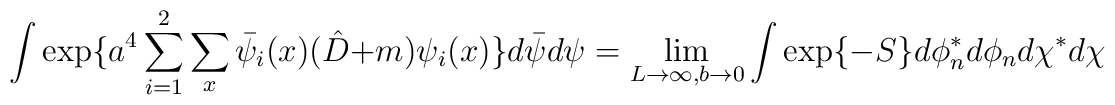
\int \exp \{a^4 \sum_{i=1}^2 \sum_x \bar{\psi}_i(x)(\hat{D}+m) \psi_i(x) \}d \bar{ \psi}d \psi = \lim_{L \rightarrow \infty, b \rightarrow 0} \int \exp \{-S \}d \phi^*_n d \phi_n d \chi^* d \chi